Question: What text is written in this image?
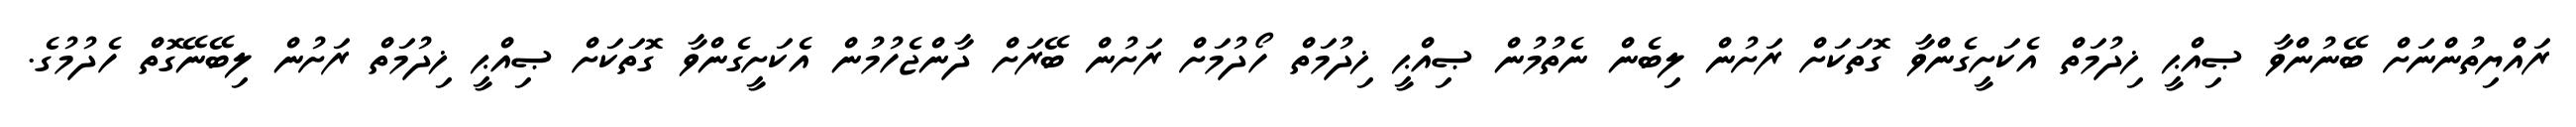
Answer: ރައްޔިތުންނަށް ބޭނުންވާ ޞިއްޙީ ޚިދުމަތް އެކަށީގެންވާ ގޮތަކަށް ރަށުން ލިބެން ނެތުމުން ޞިއްޙީ ޚިދުމަތް ހޯދުމަށް ރަށުން ބޭރަށް ދާންޖެހުމުން އެކަށީގެންވާ ގޮތަކަށް ޞިއްޙީ ޚިދުމަތް ރަށުން ލިބޭނޭގޮތް ހެދުމުގެ.